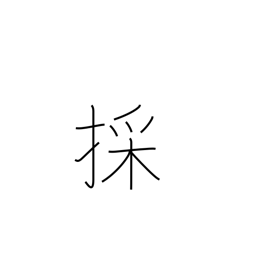
Meaning: fetch